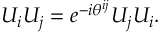
U _ { i } U _ { j } = e ^ { - i \theta ^ { i j } } U _ { j } U _ { i } .